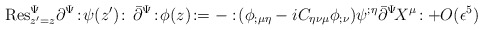
\begin{align*}{\rm Res}_{z^{\prime}=z}^{\Psi}\partial^{\Psi}\!:\!\psi(z^{\prime})\!:\,\bar{\partial}^{\Psi}\!:\!\phi(z)\!:=-:\!(\phi_{;\mu\eta}-iC_{\eta\nu\mu}\phi_{;\nu})\psi^{;\eta}\bar{\partial}^{\Psi}\! X^{\mu}\!:+O(\epsilon^5)\end{align*}